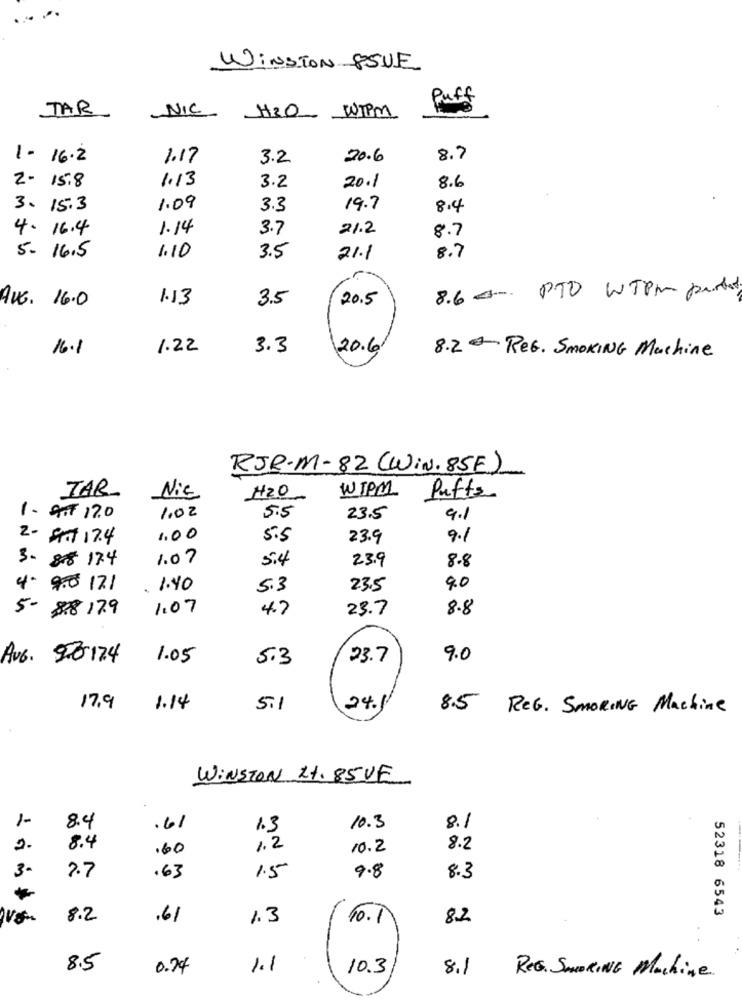
WINSTON 8SUE
JAR
Puff
NIC
H3O WIPM
1- 16.2
1.17
3.2
20.6
8.7
1.13
8.6
2- 15.8
3.2
20.1
3. 15.3
1.09
3.3
19.7
8.4
4.16.4
1.14
3.7
21.2
8.7
1.10
3.5
5- 16.5
21.1
8.7
8.6 € PTO WTPM portal
AUG. 16.0
1.13
3.5
20.5
16.1
1.22
3.3
20.6
8.2- REG. SMOKING Machine
RJR.M-82 (WIN.85E)
WIPM
TAR
Nie
H2O
Puffa
1.02
1- ATT 170
5.5
23.5
9.1
2- 57 17.4
1.00
5.5
23.9
9.1
1.07
5.4
23.9
8.8
3- 88 174
4. 9.5 171
. 1.40
5.3
23.5
40
1.07
4.7
23.7
8.8
5- 88 179
Avb. 50-174
1.05
5.3
23.7
9.0
17.9
1.14
5.1
24.
8.5
REG. SMORING Machine
WINSTON Rt. 85VE
1-
8.4
.61
10.3
8.1
2.
8.4
.60
1.2
10.2
8.2
2.7
1.5
9.8
3-
.63
8.3
*
52318 6543
8.2
.61
1.3
10.1
8.2
8.5
0.74
1.1
10.3
8.1
REG. SMOKING Machine